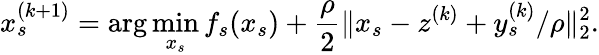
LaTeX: x_{s}^{(k+1)}=\arg\operatorname*{min}_{x_{s}}f_{s}(x_{s})+\frac{\rho}{2}\| x_{s}-z^{(k)}+y_{s}^{(k)}/\rho\| _{2}^{2}.